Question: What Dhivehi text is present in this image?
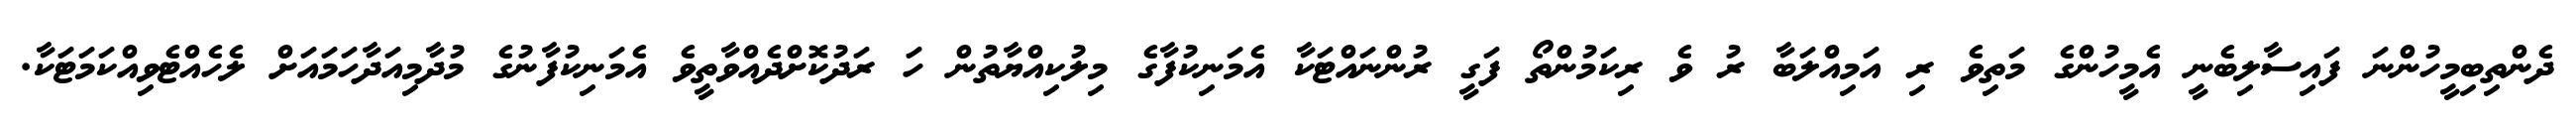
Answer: ދެންތިބިމީހުންނަ ފައިސާލިބެނީ އެމީހުންގެ މަތިވެ ރި އަމިއްލަބާ ރު ވެ ރިކަމުންތޯ ފަގީ ރުންނައްޓަކާ އެމަނިކުފާގެ މިލުކިއްޔާތުން ހަ ރަދުކޮށްދެއްވާތީވެ އެމަނިކުފާނުގެ މުދާމިއަދާހަމައަށް ލެހެއްޓެވިއްކަމަޓަކާ.